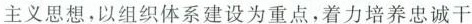
主义思想，以组织体系建设为重点，着力培养忠诚干